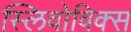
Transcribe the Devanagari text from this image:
स्लिवोविक्स